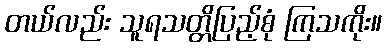
တယ်လည်း သူရသတ္တိပြည့်စုံ ကြသကိုး။